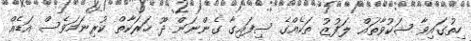
ހިތުގައިވާ ޝަކުވާތައް ލަފުޒު ތަކެއްގެ ސިފައިގާ ގެންނަން ދޫ ހަރަކާތް ކުރިނަމަވެސް އަޑެއް